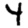
Digit: 4